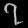
Digit: ၇